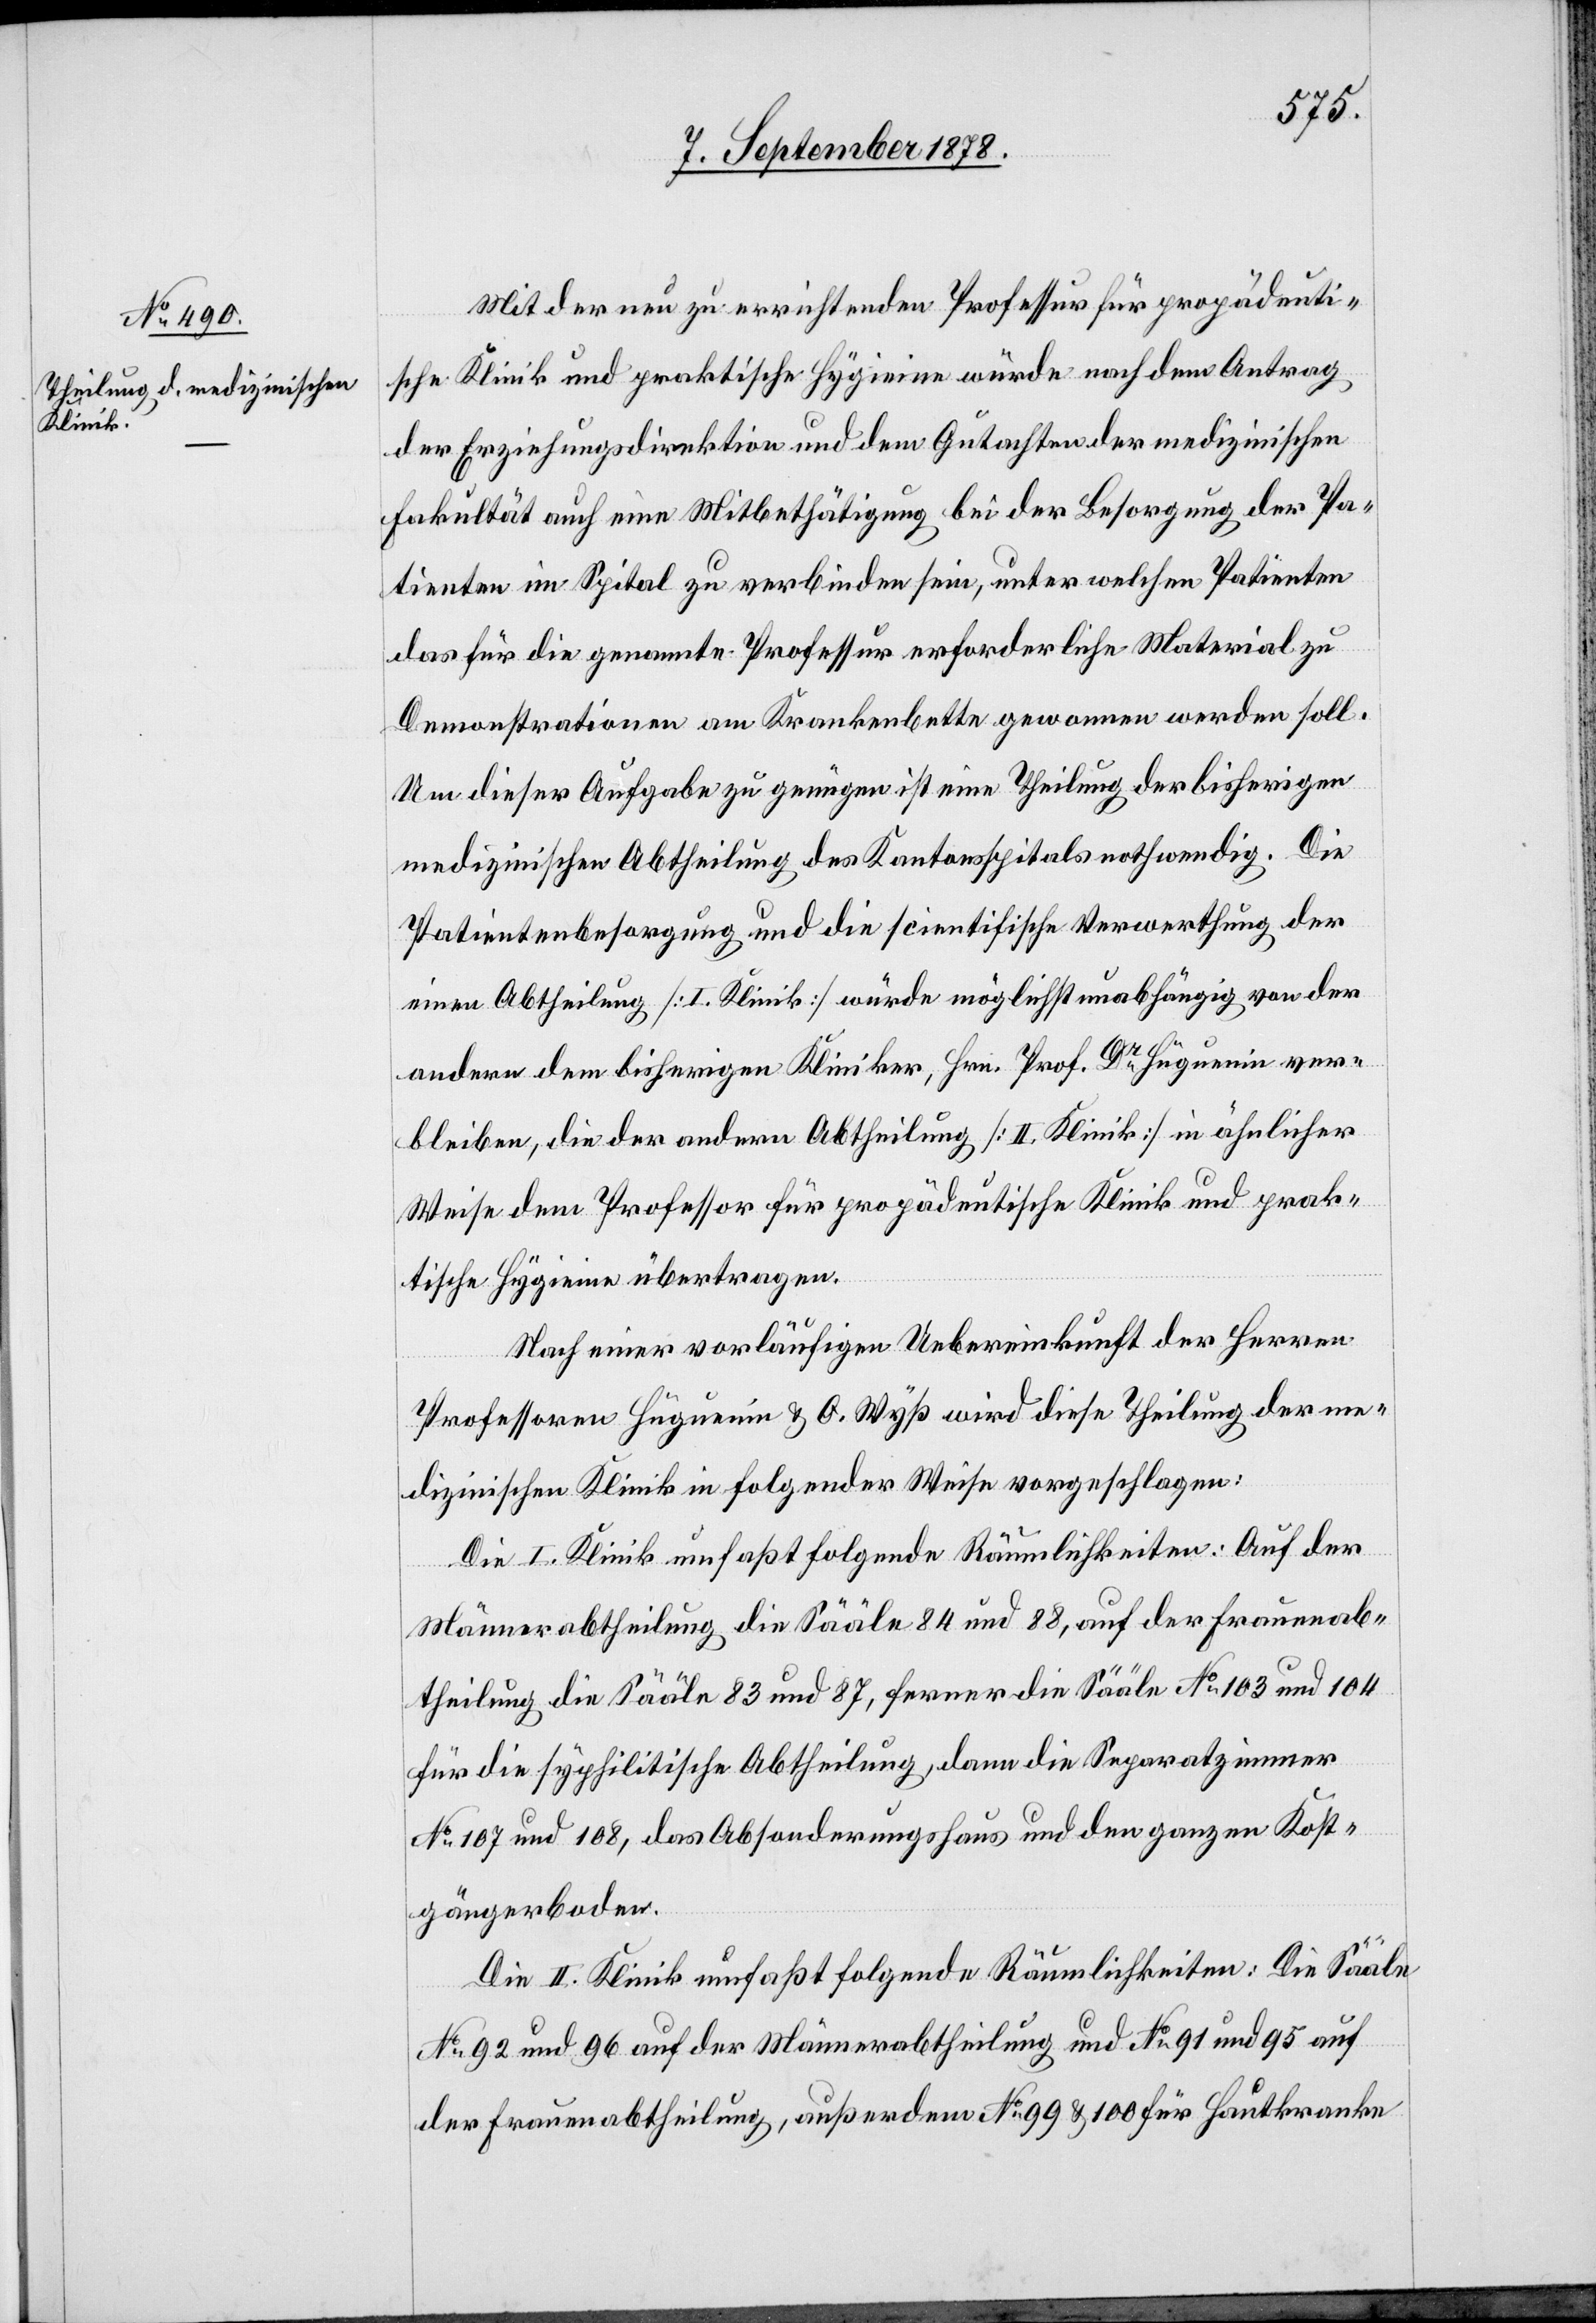
Mit der neu zu errichtenden Professur für propädeuti¬
schen Klinik und praktischen Hygieine würde nach dem Antrag
der Erziehungsdirektion und dem Gutachten der medizinischen
Fakultät auch eine Mitbethätigung bei der Besorgung der Pa¬
tienten im Spital zu verbinden sein, unter welchen Patienten
das für die genannte Professur erforderliche Material zu
Demonstrationen am Krankenbette gewonnen werden soll.
Um dieser Aufgabe zu genügen ist eine Theilung der bisherigen
medizinischen Abtheilung des Kantonsspitals nothwendig. Die
Patientenbesorgung und die scientifische Verwerthung der
einen Abtheilung [I. Klinik] würde möglichst unabhängig von der
andern dem bisherigen Kliniker, Hrn. Prof. Dr Hüguenin ver¬
bleiben, die der andern Abtheilung [II. Klinik] in ähnlicher
Weise dem Professor für propädeutische Klinik und prak¬
tische Hygieine übertragen.
Nach einer vorläufigen Uebereinkunft der Herren
Professoren Hüguenin & O. Wyß wird diese Theilung der me¬
dizinischen Klinik in folgender Weise vorgeschlagen:
Die I. Klinik umfaßt folgende Räumlichkeiten: Auf der
Männerabtheilung die Sääle 84 und 88, auf der Frauenab¬
theilung die Sääle 83 und 87, ferner die Sääle No 103 und 104
für die syphilitische Abtheilung, dann die Separatzimmer
No 107 und 108, das Absonderungshaus und den ganzen Kost¬
gängerboden.
Die II. Klinik umfaßt folgende Räumlichkeiten: Die Sääle
No 92 und 96 auf der Männerabtheilung und No 91 und 95 auf
der Frauenabtheilung, außerdem No 99 & 199 für Hautkranke